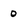
Character: 0